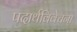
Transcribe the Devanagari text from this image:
पदार्थविवेचना